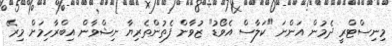
މިނިސްޓްރީ ދެމުން އަންނަ "ކަލާސް އެވޯޑު" ޒުވާން ފެތުންތެރިޔާ ނިޝްވާން އިބްރާހިމަށް މިރޭ